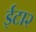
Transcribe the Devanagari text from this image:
ईटा२